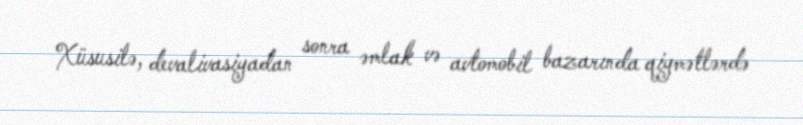
Xüsusilə, devalivasiyadan sonra əmlak və avtomobil bazarında qiymətlərdə